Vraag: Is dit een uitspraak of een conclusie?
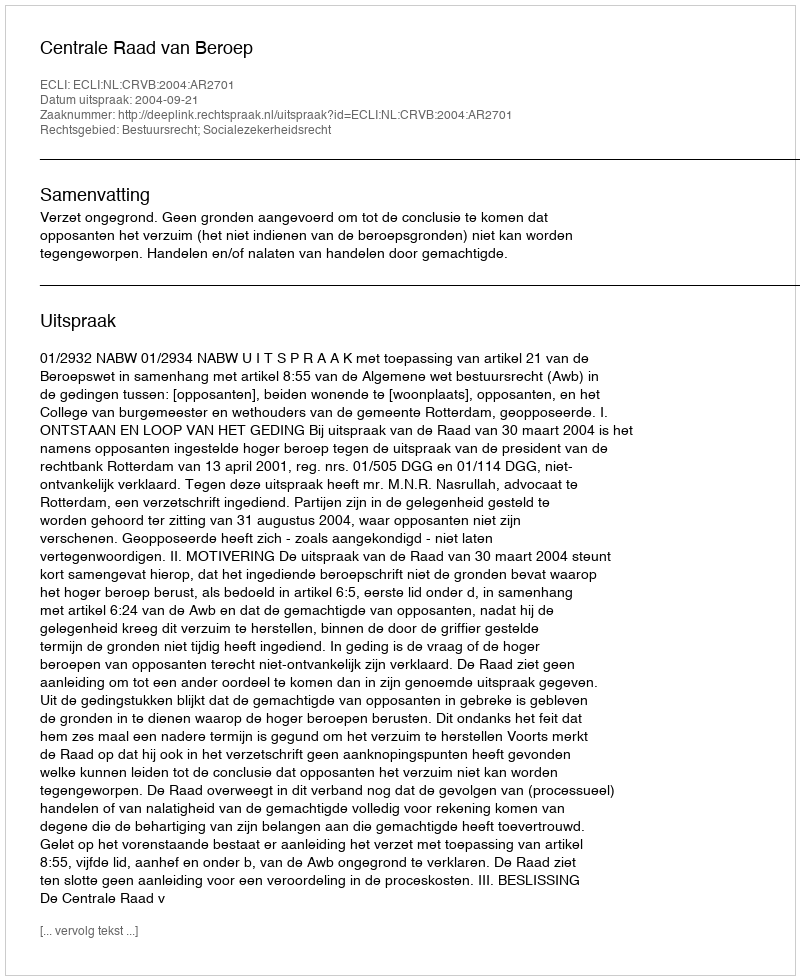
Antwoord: Uitspraak